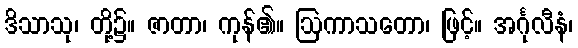
ဒိသာသု၊ တို့၌။ ဇာတာ၊ ကုန်၏။ ဩကာသတော၊ ဖြင့်။ အင်္ဂုလီနံ၊